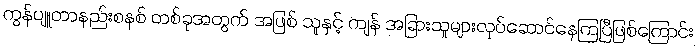
ကွန်ပျူတာနည်းစနစ် တစ်ခုအတွက် အဖြစ် သူနှင့် ကျန် အခြားသူများလုပ်ဆောင်နေကြပြီဖြစ်ကြောင်း